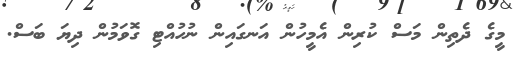
މީގެ ދެތިން މަސް ކުރިން އެމީހުން އަނގައިން ނުހުއްޓި ގޮވަމުން ދިޔަ ބަސް.